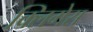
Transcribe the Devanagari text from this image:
क्लिगेस